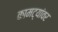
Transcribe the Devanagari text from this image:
कामट्यांवर